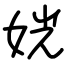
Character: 姯